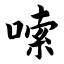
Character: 嗦